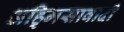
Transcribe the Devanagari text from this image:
अहि्मसावादी